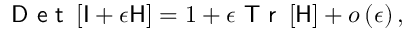
\textsf { D e t } \left[ \mathsf { I } + \epsilon \mathsf { H } \right] = 1 + \epsilon \textsf { T r } \left[ \mathsf { H } \right] + o \left( \epsilon \right) ,